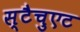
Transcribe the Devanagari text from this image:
स्टैचुएट